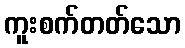
ကူးစက်တတ်သော